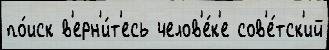
по́иск в'ерн'и́т'есь челов'е́к'е сов'е́тск'ий